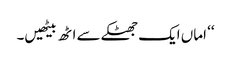
‘‘ اماں ایک جھٹکے سے اٹھ بیٹھیں۔